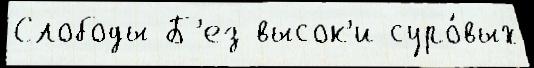
Слободы Б'ез высок'и суро́вых